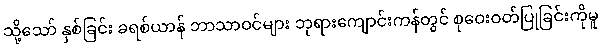
သို့သော် နှစ်ခြင်း ခရစ်ယာန် ဘာသာဝင်များ ဘုရားကျောင်းကန်တွင် စုဝေးဝတ်ပြုခြင်းကိုမူ